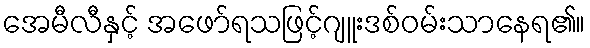
အေမီလီနှင့် အဖော်ရသဖြင့်ဂျူးဒစ်ဝမ်းသာနေရ၏။